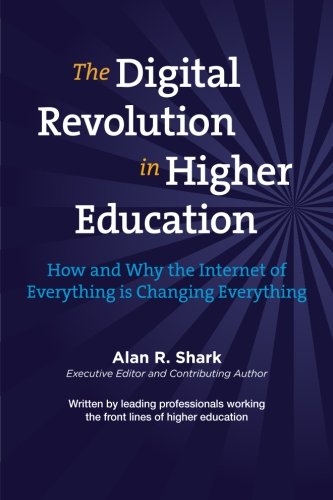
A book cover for The Digital Revolution in HIgher Education: The How & Why the Internet of Everything is Changing Everything; Dr. Alan Shark; Education & Teaching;